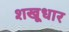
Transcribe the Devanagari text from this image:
शखूधार